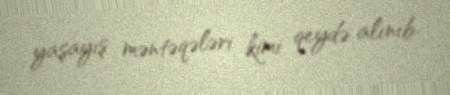
yaşayış məntəqələri kimi qeydə alınıb.